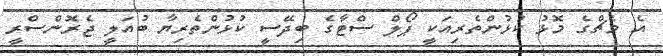
އެ މެޗްގެ މޮޅު ކުޅުންތެރިއަކީ ޕޯލް ސްޓާގެ ބިދޭސީ ކުޅުންތެރިޔާ ބުއަލީ ޖެރޮންސްރީ